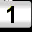
Digit: 1